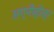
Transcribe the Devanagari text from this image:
अग्नीहोत्र